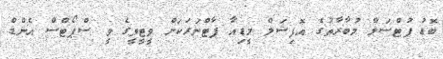
ބޮޑު ފުޓްސަލް މުބާރާތުގެ އޮފިޝަލް މީޑިއާ ޕާޓްނަރަކަށް ވީޓީވީގެ ވީ ސްޕޯޓްސް އެންޑް